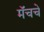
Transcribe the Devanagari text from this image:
मॅचचे